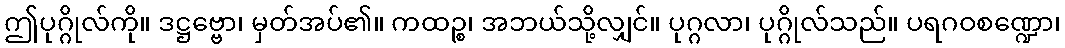
ဤပုဂ္ဂိုလ်ကို။ ဒဋ္ဌဗ္ဗော၊ မှတ်အပ်၏။ ကထဉ္စ၊ အဘယ်သို့လျှင်။ ပုဂ္ဂလာ၊ ပုဂ္ဂိုလ်သည်။ ပရဂဝစဏ္ဍော၊